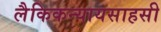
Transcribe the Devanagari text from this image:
लैकिकन्यायसाहसी